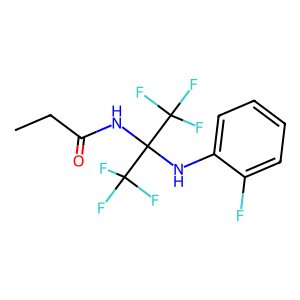
SMILES: CCC(=O)NC(Nc1ccccc1F)(C(F)(F)F)C(F)(F)F
Inhibits HIV replication: No